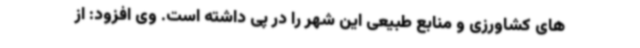
های کشاورزی و منابع طبیعی این شهر را در پی داشته است. وی افزود: از